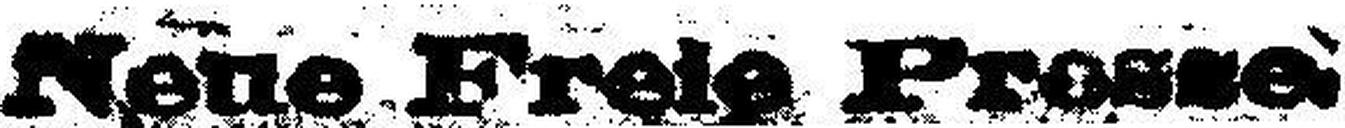
Neue Freie Prasse